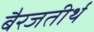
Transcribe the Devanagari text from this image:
बैरजतीर्थ